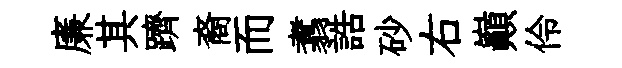
廉其躋裔而翥誥砂右巔伶